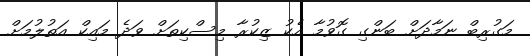
މަގުރިބް ނަމާދަށް ބަންގި ގޮވުމާ އެކު ޒިކުރާ މިސްކިތަށް ވަދެ މައިކް އަތުލުމަށް